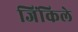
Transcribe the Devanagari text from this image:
जिंकिले